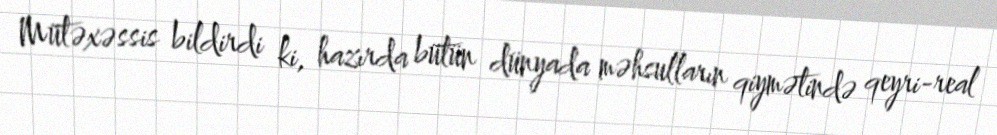
Mütəxəssis bildirdi ki, hazırda bütün dünyada məhsulların qiymətində qeyri-real